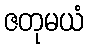
ဇတုမယံ